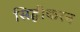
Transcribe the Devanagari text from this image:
सिद्धीकरन